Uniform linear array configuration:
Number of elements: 4
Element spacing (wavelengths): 0.75
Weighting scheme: uniform
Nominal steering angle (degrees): -30
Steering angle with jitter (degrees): -28.653
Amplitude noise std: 0.05
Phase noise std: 0.05

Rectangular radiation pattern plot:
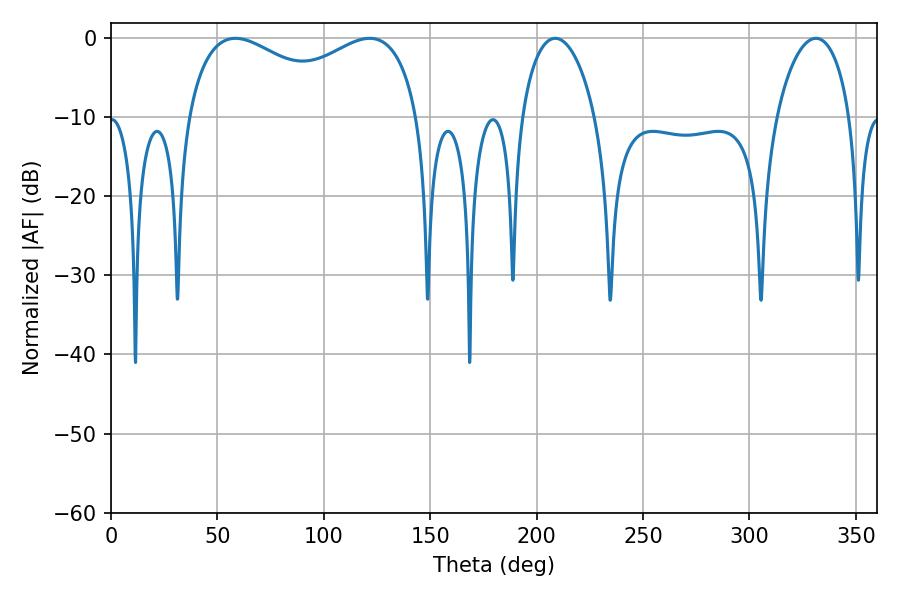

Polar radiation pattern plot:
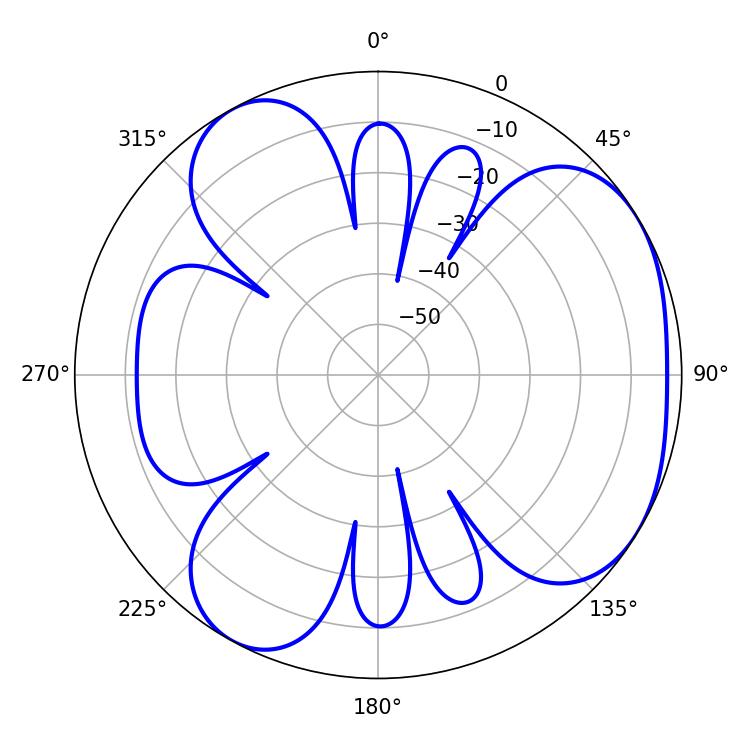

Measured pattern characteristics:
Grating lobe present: TRUE
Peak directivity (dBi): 4.402
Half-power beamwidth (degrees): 90.72
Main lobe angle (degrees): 121.5